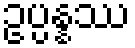
ဥပ္ပန္နဿ